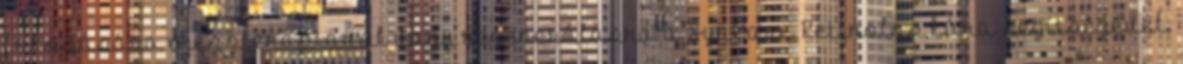
fokozására mezoterápiával vagy regenerálásra a SynCare Retinolos kúra segítségével.